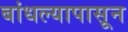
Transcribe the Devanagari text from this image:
बांधल्यापासून